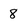
Character: 8